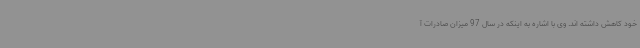
خود کاهش داشته اند. وی با اشاره به اینکه در سال 97 میزان صادرات آ